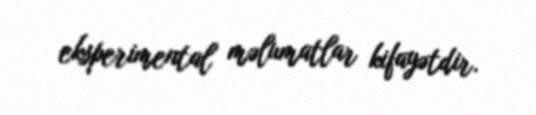
eksperimental məlumatlar kifayətdir.